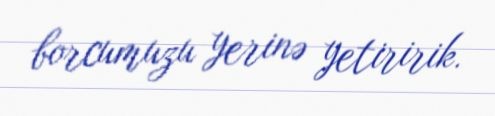
borcumuzu yerinə yetiririk.